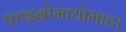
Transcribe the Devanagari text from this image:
फाइब्रोमायोमाटा